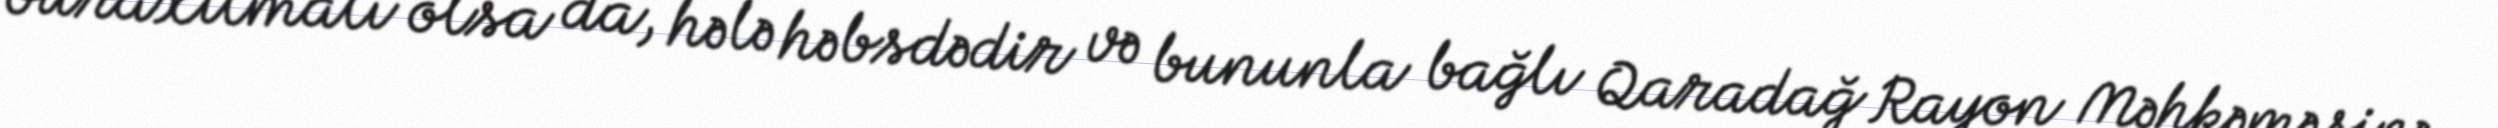
buraxılmalı olsa da, hələ həbsdədir və bununla bağlı Qaradağ Rayon Məhkəməsinə